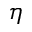
\eta